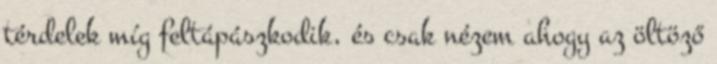
térdelek míg feltápászkodik, és csak nézem ahogy az öltöző